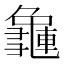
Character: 𪚿